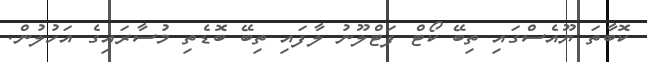
ކޮބާތަ ޔޫއެސްގައި ތިބޭ ކޯޓް ފަޓްލޫނު ލާފައި ތިބޭ ބޮޑެތި މުސާރައިގެ އަހުލުން.